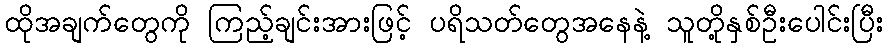
ထိုအချက်တွေကို ကြည့်ချင်းအားဖြင့် ပရိသတ်တွေအနေနဲ့ သူတို့နှစ်ဦးပေါင်းပြီး